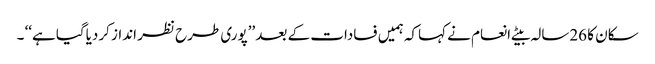
سکان کا 26سالہ بیٹے انعام نے کہاکہ ہمیں فسادات کے بعد ’’پوری طرح نظر انداز کردیاگیا ہے‘‘ ۔